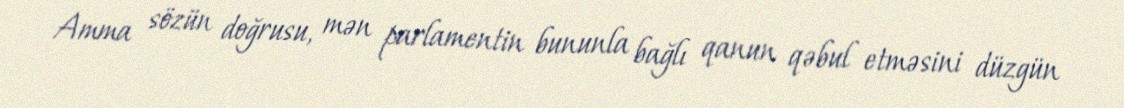
Amma sözün doğrusu, mən parlamentin bununla bağlı qanun qəbul etməsini düzgün